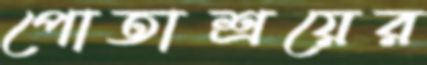
পোতাশ্রয়ের